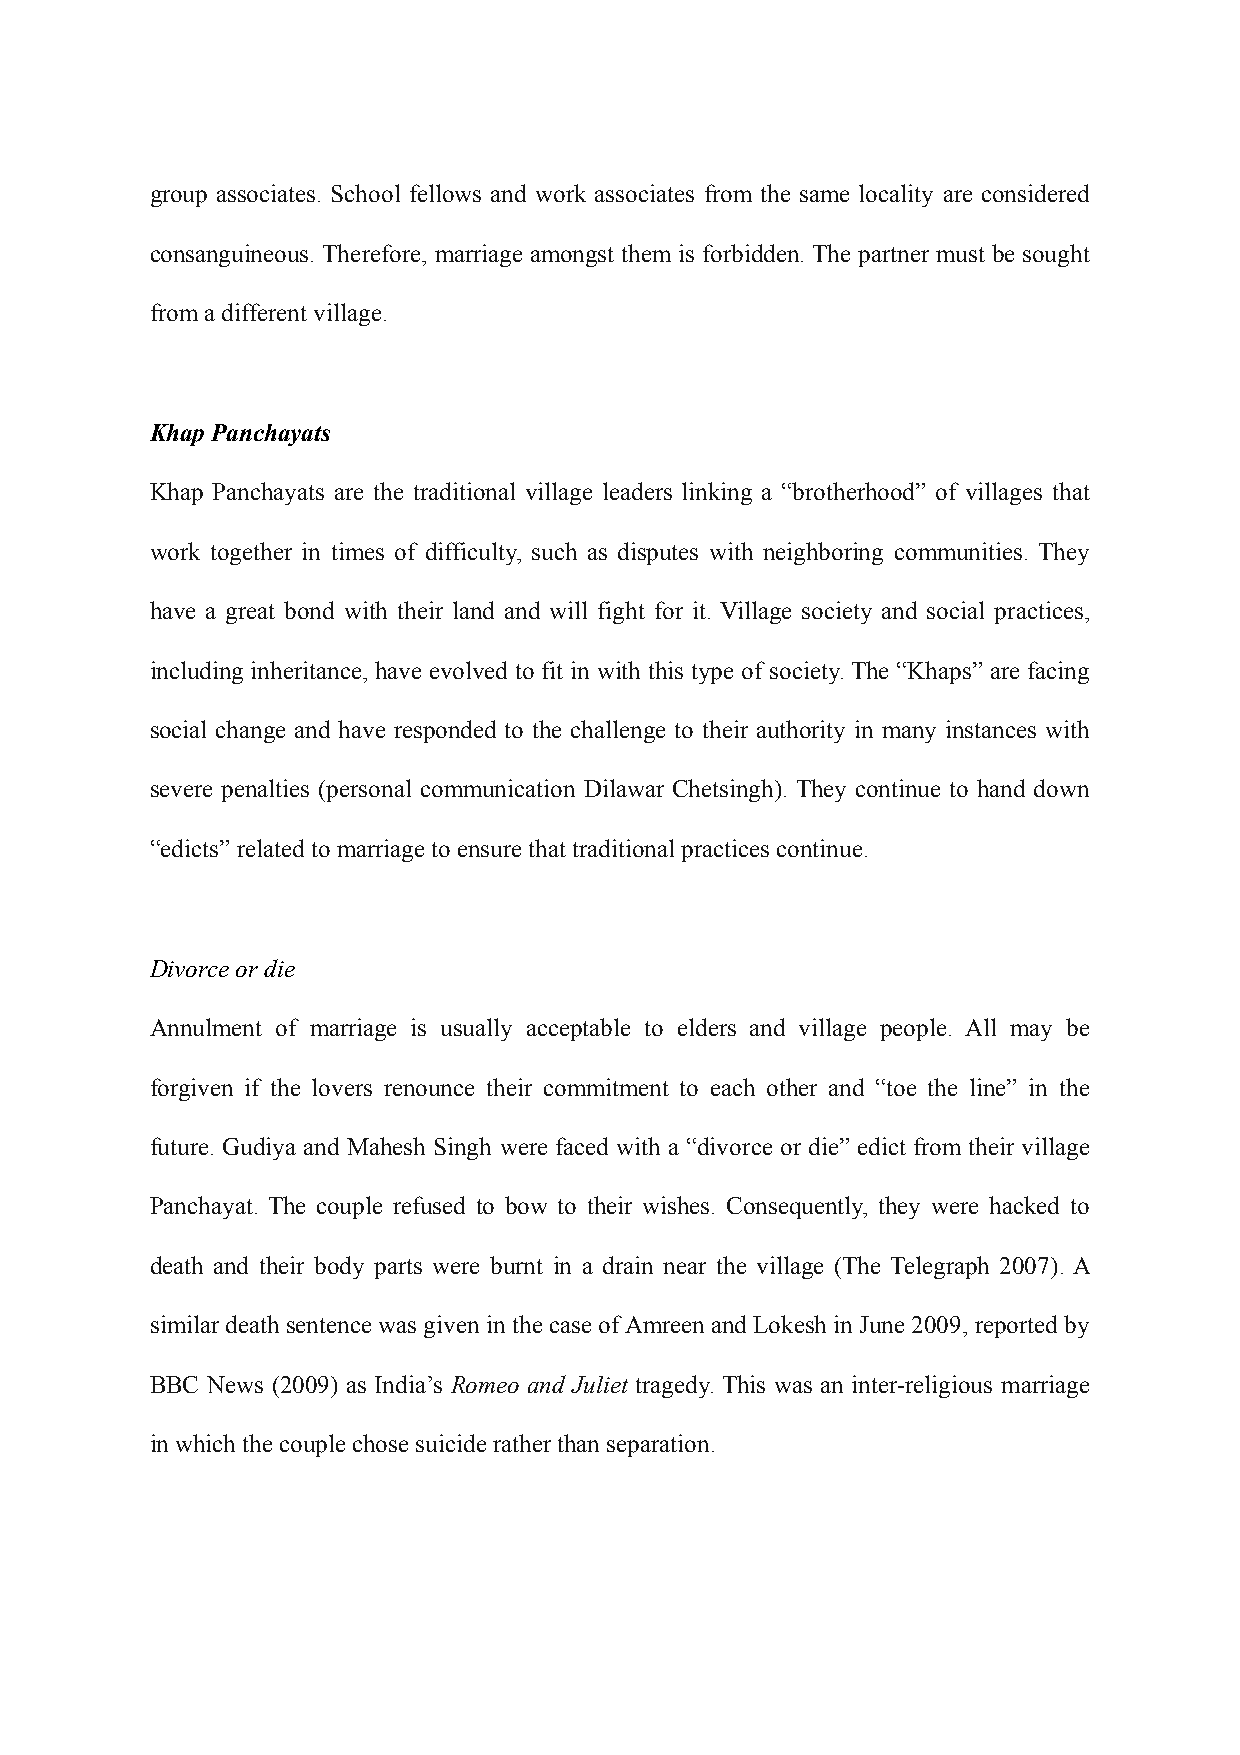
group associates. School fellows and work associates from the same locality are considered
 consanguineous. Therefore, marriage amongst them is forbidden. The partner must be sought
 from a different village.
 Khap Panchayats
 Khap Panchayats are the traditional village leaders linking a “brotherhood” of villages that
 work together in times of difficulty, such as disputes with neighboring communities. They
 have a great bond with their land and will fight for it. Village society and social practices,
 including inheritance, have evolved to fit in with this type of society. The “Khaps” are facing
 social change and have responded to the challenge to their authority in many instances with
 severe penalties (personal communication Dilawar Chetsingh). They continue to hand down
 “edicts” related to marriage to ensure that traditional practices continue.
 Divorce or die
 Annulment of marriage is usually acceptable to elders and village people. All may be
 forgiven if the lovers renounce their commitment to each other and “toe the line” in the
 future. Gudiya and Mahesh Singh were faced with a “divorce or die” edict from their village
 Panchayat. The couple refused to bow to their wishes. Consequently, they were hacked to
 death and their body parts were burnt in a drain near the village (The Telegraph 2007). A
 similar death sentence was given in the case of Amreen and Lokesh in June 2009, reported by
 BBC News (2009) as India’s Romeo and Juliet tragedy. This was an inter-religious marriage
 in which the couple chose suicide rather than separation.